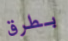
بطرق